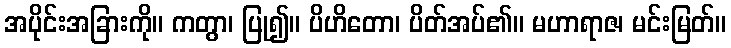
အပိုင်းအခြားကို။ ကတွာ၊ ပြု၍။ ပိဟိတော၊ ပိတ်အပ်၏။ မဟာရာဇ၊ မင်းမြတ်။